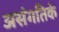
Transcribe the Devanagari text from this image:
असंगतिके